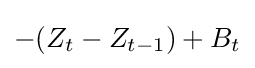
-(Z_{t}-Z_{t-1})+B_{t}